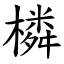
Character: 橉